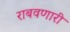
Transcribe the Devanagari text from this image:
राबवणारी